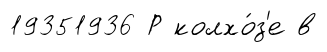
19351936 Р колхо́з'е в